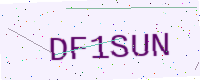
Text: DF1SUN